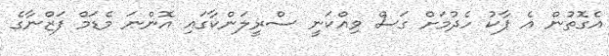
އެގޮތުން އެ ޕާކު ހެދުމަށް ގަސް ވިއްކަނީ ސްރީލަންކާގައި އޮންނަ މެޑަމް ފަޒްނާގެ